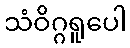
သံဝိဂ္ဂရူပေါ